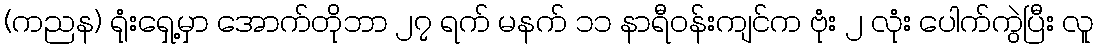
(ကညန) ရုံးရှေ့မှာ အောက်တိုဘာ ၂၇ ရက် မနက် ၁၁ နာရီဝန်းကျင်က ဗုံး ၂ လုံး ပေါက်ကွဲပြီး လူ